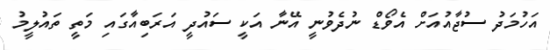
އަހުމަދު ސުޖާއުއަށް އެވޯޑް ނުދެވުނީ އޭނާ އަކީ ސައުދީ އަރަބިއާގައި މަތީ ތައުލީމު